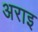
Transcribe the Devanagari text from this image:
अराइ